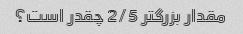
مقدار بزرگتر 2/5 چقدر است؟